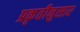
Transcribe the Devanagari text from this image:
प्रकृतीनुसार